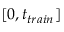
[ 0 , t _ { t r a i n } ]